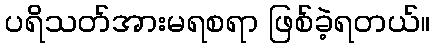
ပရိသတ်အားမရစရာ ဖြစ်ခဲ့ရတယ်။